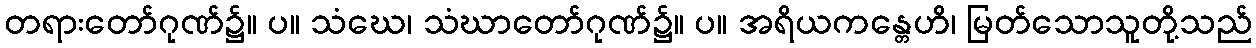
တရားတော်ဂုဏ်၌။ ပ။ သံဃေ၊ သံဃာတော်ဂုဏ်၌။ ပ။ အရိယကန္တေဟိ၊ မြတ်သောသူတို့သည်